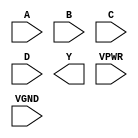
module sky130_fd_sc_hs__nand4 (
    //# {{data|Data Signals}}
    input  A   ,
    input  B   ,
    input  C   ,
    input  D   ,
    output Y   ,

    //# {{power|Power}}
    input  VPWR,
    input  VGND
);
endmodule